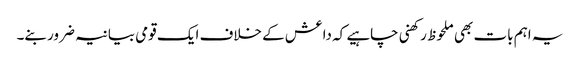
یہ اہم بات بھی ملحوظ رکھنی چاہیے کہ داعش کے خلاف ایک قومی بیانیہ ضرور بنے۔